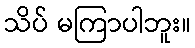
သိပ် မကြာပါဘူး။